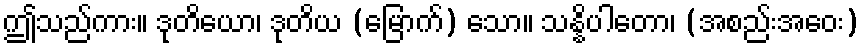
ဤသည်ကား။ ဒုတိယော၊ ဒုတိယ (မြောက်) သော။ သန္နိပါတော၊ (အစည်းအဝေး)